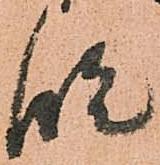
段